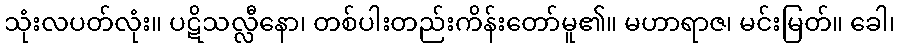
သုံးလပတ်လုံး။ ပဋိသလ္လီနော၊ တစ်ပါးတည်းကိန်းတော်မူ၏။ မဟာရာဇ၊ မင်းမြတ်။ ခေါ၊